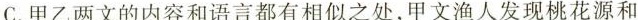
C.甲乙两文的内容和语言都有相似之处，甲文渔人发现桃花源和